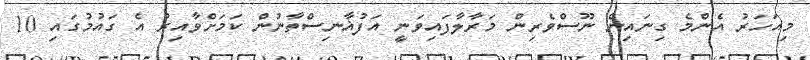
މިއަހަރު އެންމެ ގިނައިން ނޫސްވެރިން މަރާލާފައިވަނީ އަފުޣާނިސްތާނުން ކަމަށްވާއިރު އެ ގައުމުގައި 10